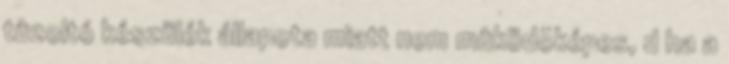
tûzoltó készülék állapota miatt nem mûködõképes, d ha a